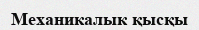
Механикалык қысқы